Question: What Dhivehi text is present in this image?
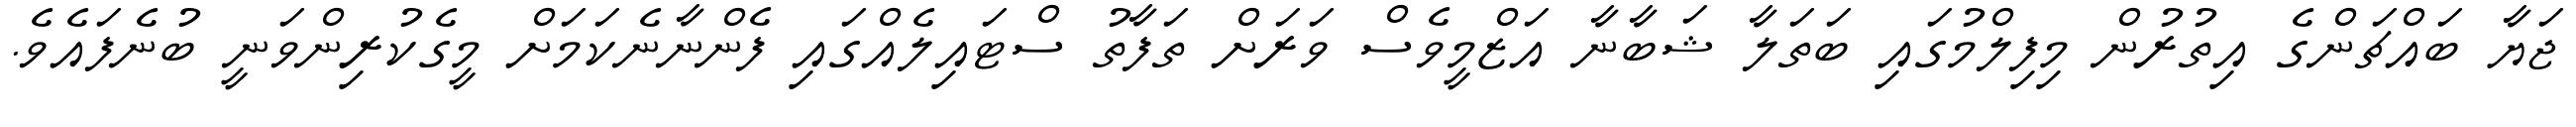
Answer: ޖަޔާ ބައްޗަންގެ އިތުރުން މިފިލްމުގައި ބަތަލާ ޝަބާނާ އަޒްމީވެސް ވަރަށް ތަފާތު ސްޓައިލެއްގައި ފެންނާނެކަމަށް މީގެކުރިންވަނީ ބުނެފައެވެ.